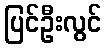
ပြင်ဦးလွင်